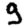
Digit: 9